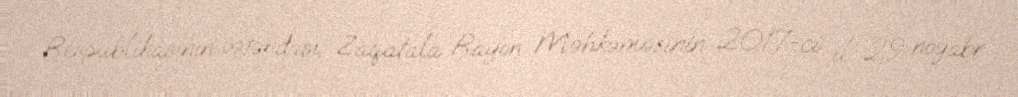
Respublikasının vətəndaşı, Zaqatala Rayon Məhkəməsinin 2017-ci il 29 noyabr